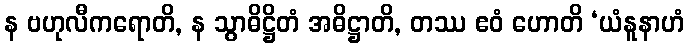
န ဗဟုလီကရောတိ, န သွာဓိဋ္ဌိတံ အဓိဋ္ဌာတိ, တဿ ဧဝံ ဟောတိ ‘ယံနူနာဟံ